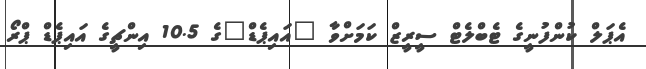
އެޕަލް ކުންފުނީގެ ޓެބްލެޓް ސީރީޒް ކަމަށްވާ "އައިޕެޑް"ގެ 10.5 އިންޗީގެ އައިޕެޑް ޕްރޯ